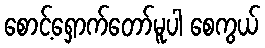
စောင့်ရှောက်တော်မူပါ စေကွယ်